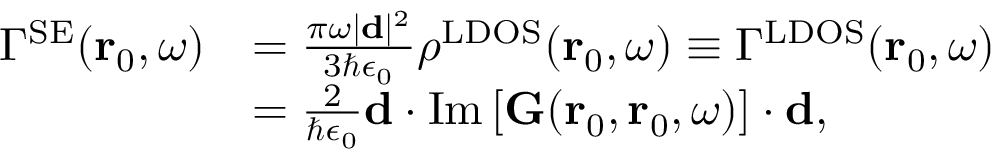
\begin{array} { r l } { \Gamma ^ { \mathrm { S E } } ( \mathbf { r } _ { 0 } , \omega ) } & { = \frac { \pi \omega \vert \mathbf { d } \vert ^ { 2 } } { 3 \hbar \epsilon _ { 0 } } \rho ^ { \mathrm { L D O S } } ( \mathbf { r } _ { 0 } , \omega ) \equiv \Gamma ^ { \mathrm { L D O S } } ( \mathbf { r } _ { 0 } , \omega ) } \\ & { = \frac { 2 } { \hbar \epsilon _ { 0 } } \mathbf { d } \cdot \mathrm { I m } \left[ { \mathbf { G } } ( \mathbf { r } _ { 0 } , \mathbf { r } _ { 0 } , \omega ) \right] \cdot \mathbf { d } , } \end{array}